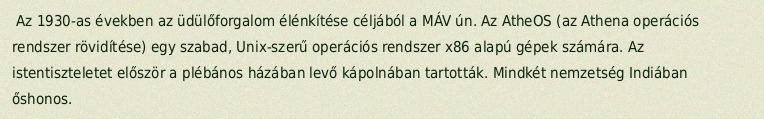
Az 1930-as években az üdülőforgalom élénkítése céljából a MÁV ún. Az AtheOS (az Athena operációs rendszer rövidítése) egy szabad, Unix-szerű operációs rendszer x86 alapú gépek számára. Az istentiszteletet először a plébános házában levő kápolnában tartották. Mindkét nemzetség Indiában őshonos.